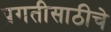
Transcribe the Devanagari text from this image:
प्रगतीसाठीचे